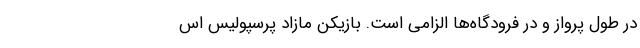
در طول پرواز و در فرودگاه‌ها الزامی است. بازیکن مازاد پرسپولیس اس